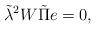
LaTeX: \begin{align*}\tilde{\lambda}^2W\tilde{\Pi} e = 0,\end{align*}